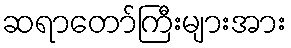
ဆရာတော်ကြီးများအား